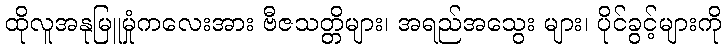
ထိုလူအနုမြူမှုံကလေးအား ဗီဇသတ္တိများ၊ အရည်အသွေး များ၊ ပိုင်ခွင့်များကို